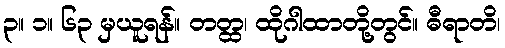
၃။ ၁။ ၆၃ မှယူရန်။ တတ္ထ၊ ထိုဂါထာတို့တွင်။ ဓီရာတိ၊